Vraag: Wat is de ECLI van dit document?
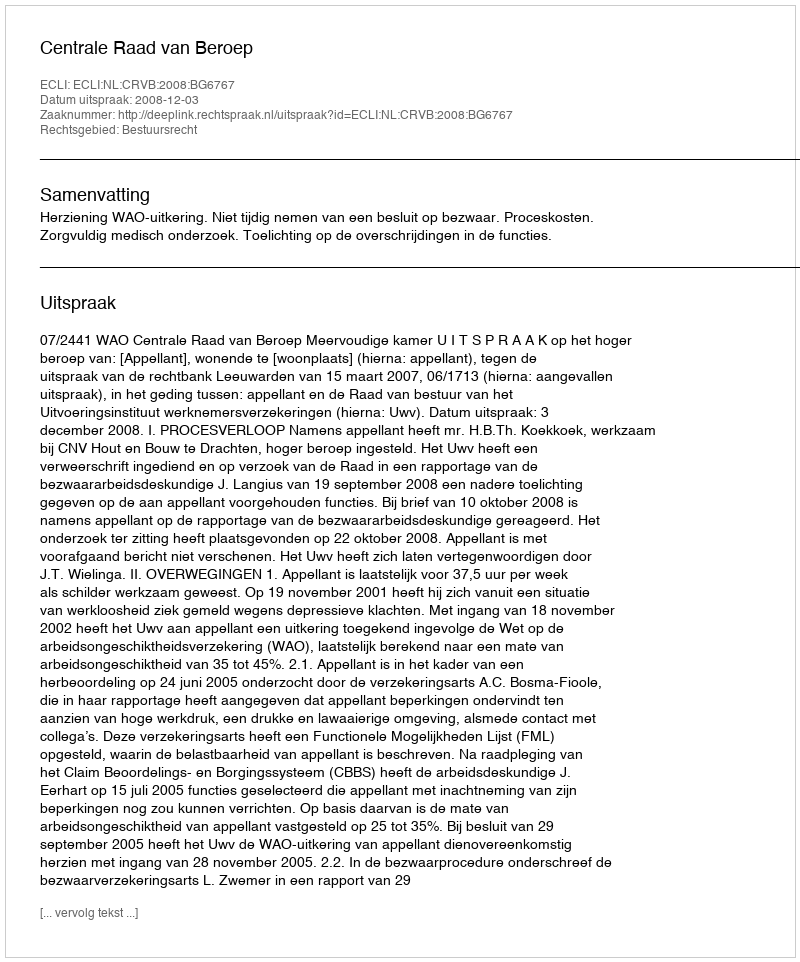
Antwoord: ECLI:NL:CRVB:2008:BG6767